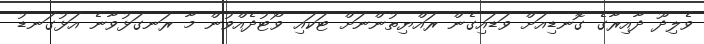
ވެލިދޫ ދާއިރާގެ ގޮނޑިއަށް ވަޑައިގެން ރައްޔިތުންނަށް ޓަކައި ވޯޓުދެއްވުން މާ ރަނގަޅުވާނެ އަޅުގަނޑު